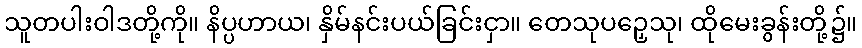
သူတပါးဝါဒတို့ကို။ နိပ္ပဟာယ၊ နှိမ်နင်းပယ်ခြင်းငှာ။ တေသုပဉှေသု၊ ထိုမေးခွန်းတို့၌။